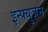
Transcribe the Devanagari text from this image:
इन्फ्युज़न